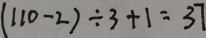
( 1 1 0 - 2 ) \div 3 + 1 = 3 7